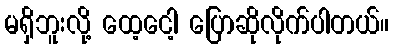
မရှိဘူးလို့ ထေ့ငေါ့ ပြောဆိုလိုက်ပါတယ်။